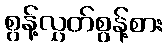
စွန့်လွှတ်စွန့်စား